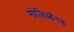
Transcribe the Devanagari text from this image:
मोलिब्डेनक